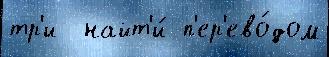
тр'и  найт'и́ п'ер'ево́дом